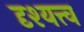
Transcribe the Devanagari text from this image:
दृश्‍यत्त्व